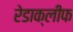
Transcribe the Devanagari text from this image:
रेडाक्लीफ